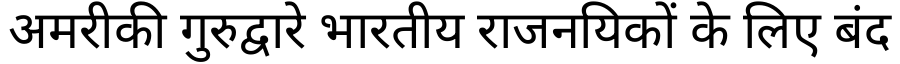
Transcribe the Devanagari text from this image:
अमरीकी गुरुद्वारे भारतीय राजनयिकों के लिए बंद